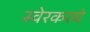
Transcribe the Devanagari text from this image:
स्वेरकरचे